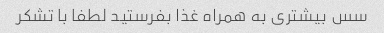
سس بیشتری به همراه غذا بفرستید لطفا با تشکر